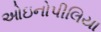
ઓઇનોપીલિયા